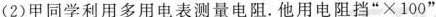
(2)甲同学利用多用电表测量电阻.他用电阻挡“×100”